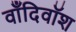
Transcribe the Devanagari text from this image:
वाँदिवॉश